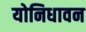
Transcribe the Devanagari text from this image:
योनिधावन